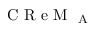
\mathrm { ~ C ~ R ~ e ~ M ~ } _ { \mathrm { ~ A ~ } }